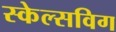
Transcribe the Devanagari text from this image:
स्केल्सविग